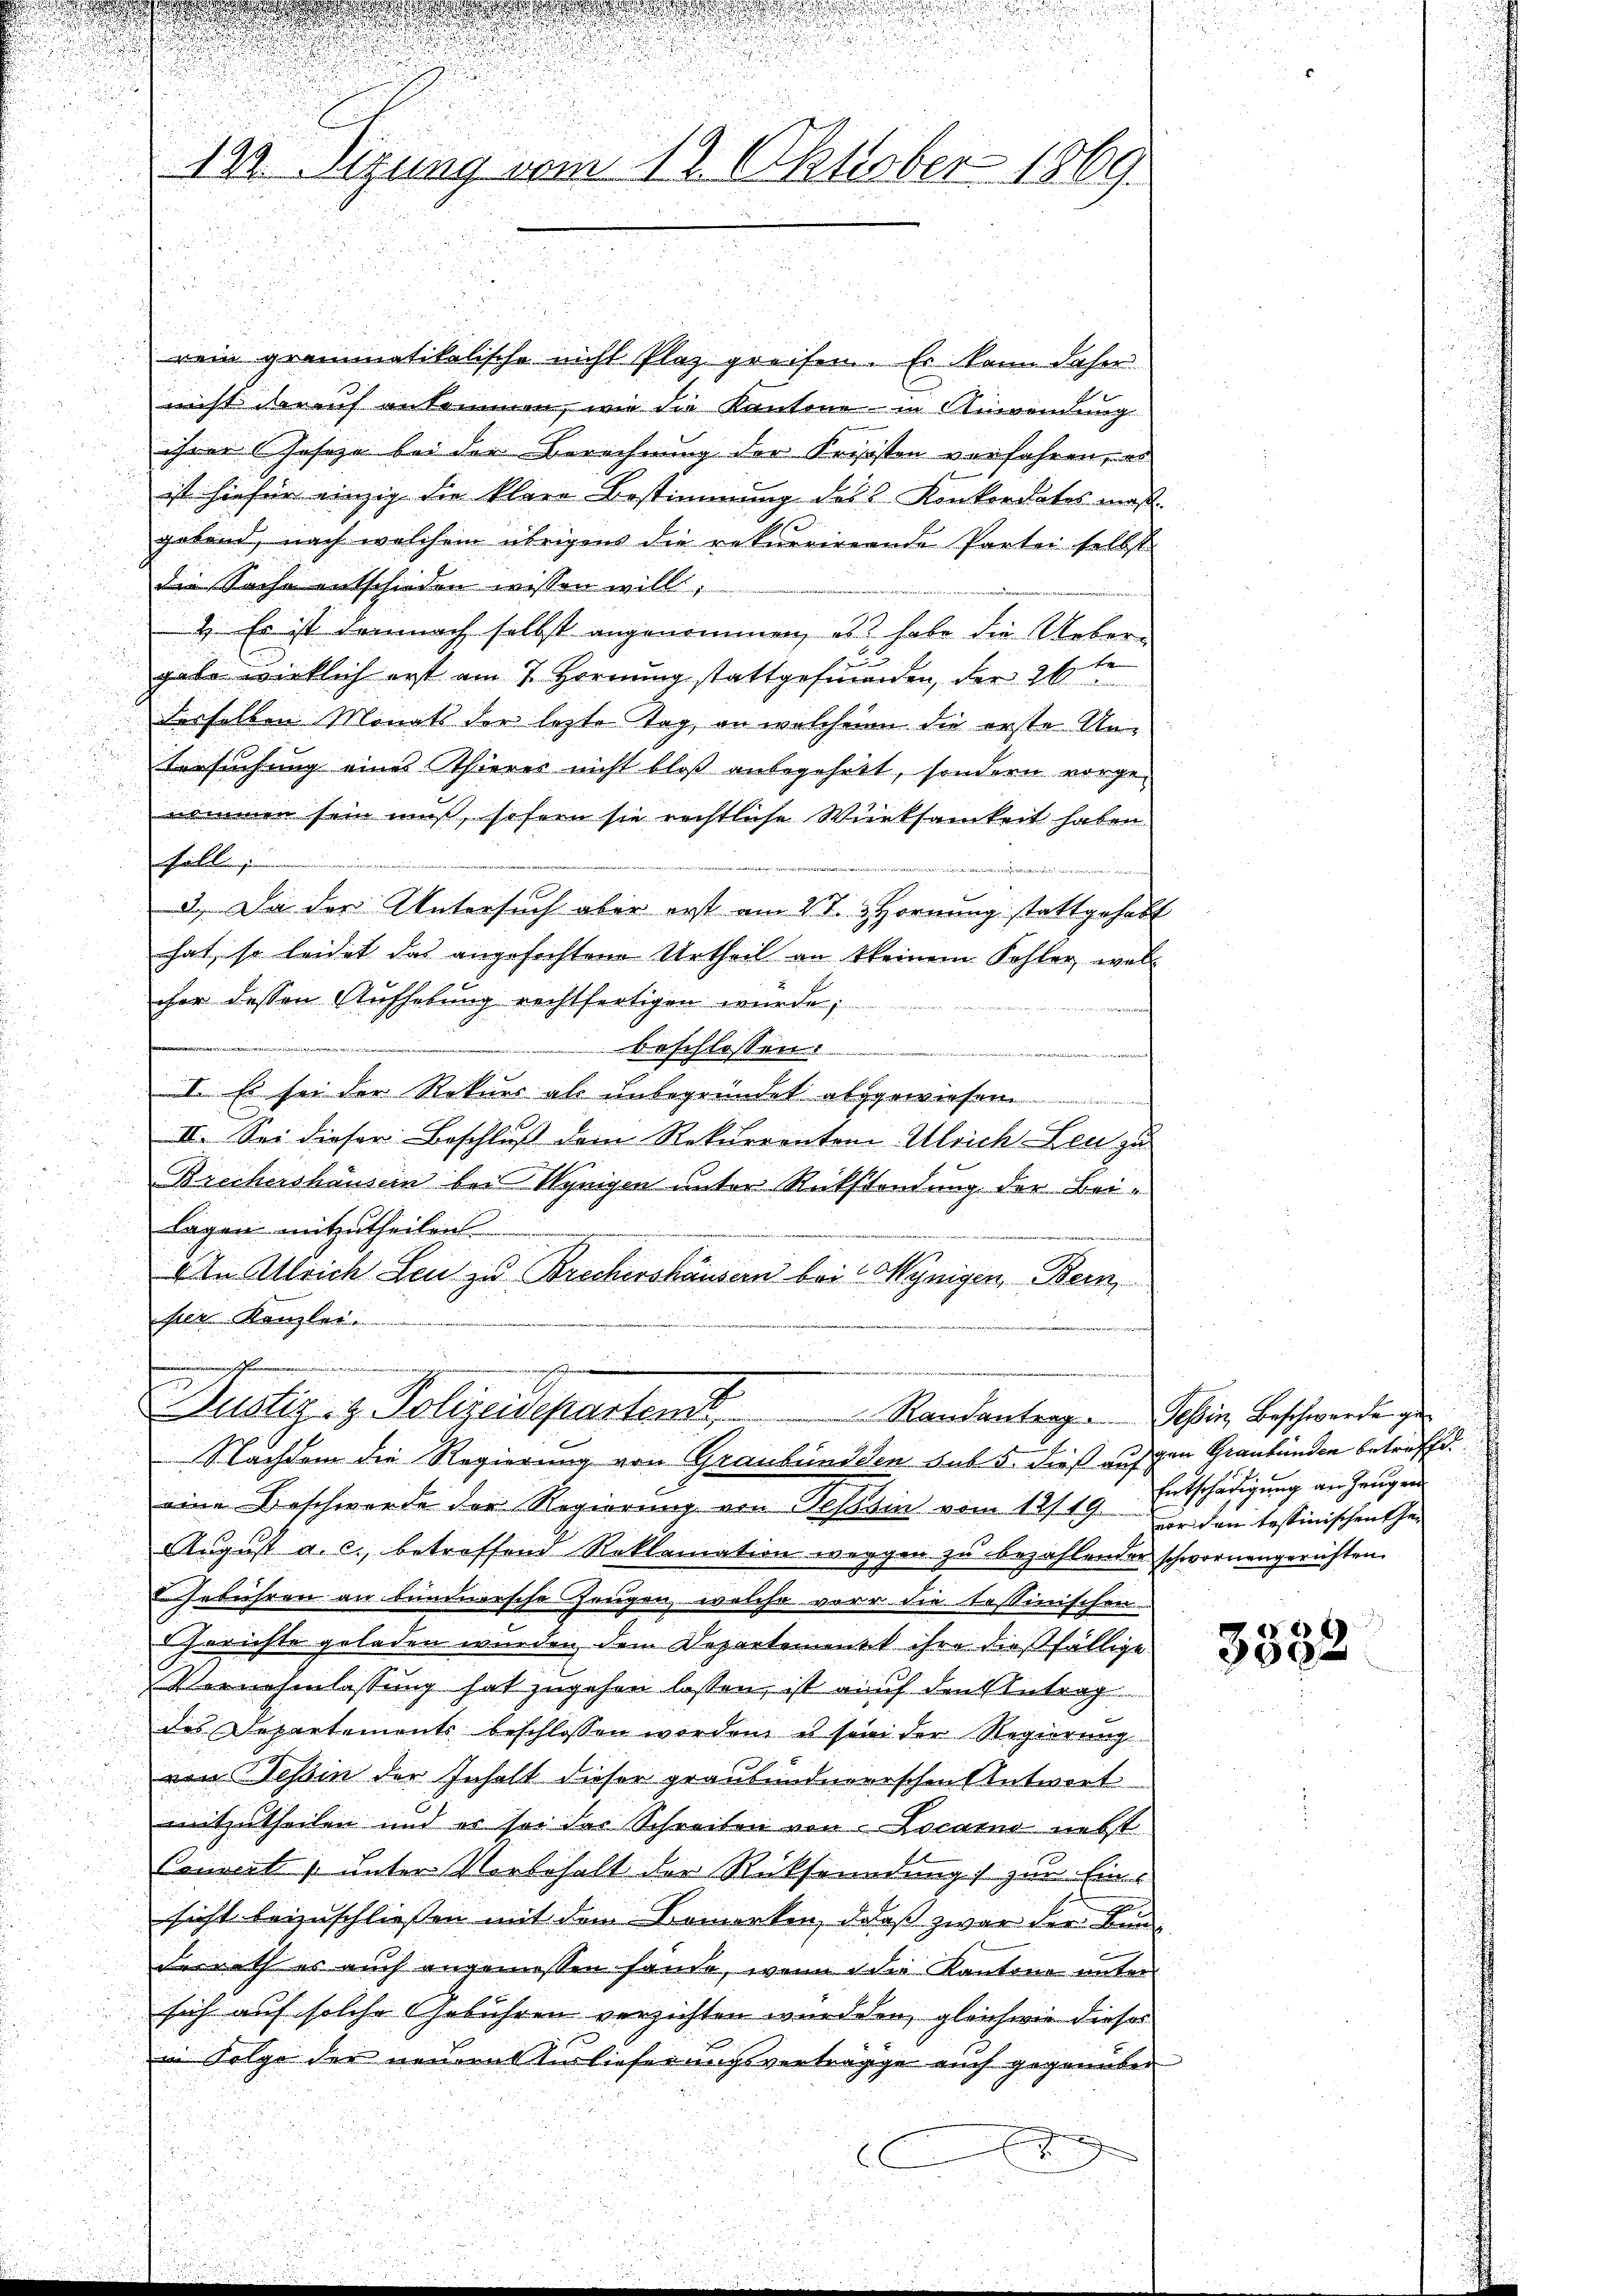
d
rein grammatikalische nicht Plaz greifen. Es kann daher
nicht darauf ankommen, wie die Kantone in Kindendung
ihrer Geseze bei der Berechnung der Krisisten verfahren, es
ist hiefür einzig die klare Bestimmung des Konkordates maßgebend, nach welchem übrigens die rekurrirende Partei selbst
die Sache entschieden wissen will;
2. Es ist demnach selbst angenommen, es habe die Uebergabe wirklich erst am 7. Hornung stattgefunden, der 26ten
desselben Monats der letzte Tag, an welchern die erste Un¬
Versuchung eines Thieres nicht bloß anbegehett, sondern vorgenommen sein muß, sofern sie rechtliche Würksamkeit haben
fall
3.) Da der Untersuch aber erst am 17. & Hornung stattgehabt
hat, so leidet das angefochtene Urtheil an keinem Kohler, wel
cher dessen Aufhebung rechtfertigen wurde;
beschlossen:
I. Es sei der Rekurs als unbegründet abgewiesen
II. Sei dieser Beschluß dem Rekurrenten Ulrich Leu zu
Brechershäusern bei Wynigen unter Rückstandung der Beilagen mitzutheilen
An Ulrich Leu zu Brechershäusern bei Oynigen, Bein,
ser Kanzlei.

12. digung vom 18. Oktober 1869.

afin eine
.
Justiz- & Polizeidepartemb
Nachdem die Regierung von Graubündden sub 5. dieß aufgen Graubünden betreffd.

Randantrag. Tessin, Beschwerde ge¬

eine Beschwerde der Regierung von Tessin vom 12/19. Der den testinischen Ehe¬
August a. c., betreffend Reklamation weggen zu bezahlender schwornengerichten.
Casebühren an Fundnersche Zeugen, welche vor die tessinischen
Gerichte geladen wurden, dem Departement ihre dießfällige
Vernehmlassung hat zugehen lassen, ist auf den Antrag
des Departements beschlossen worden es sei der Regierung
ven Tessin der Inhalt dieser graubündnerischen Antwort
mitzutheilen und es sei der Schreiben von Locarno nebst
Conzert unter Vorbehalt der Rücksendung zur Ein-
e
sicht beizuschliessen mit dem Bemerken, daß zwar der Bunderrath es auch angemessen hande, wenn die Kantone unter
sich auf solche Gebühren verzichten wurdeen, gleichwie dieser
in Folge der neue Auslieferungsverträgige auch gegenüber

Entschädigung an Zeugen

330